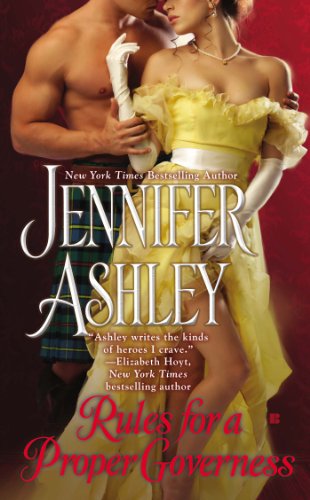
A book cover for Rules for a Proper Governess (Mackenzies Series); Jennifer Ashley; Romance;